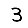
Digit: 3